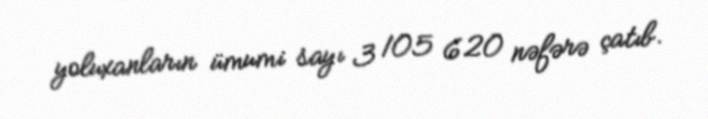
yoluxanların ümumi sayı 3 105 620 nəfərə çatıb.